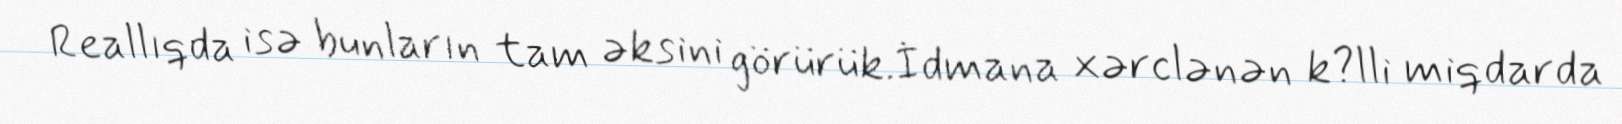
Reallıqda isə bunların tam əksini görürük.İdmana xərclənən k?lli miqdarda